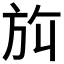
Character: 𬀀